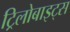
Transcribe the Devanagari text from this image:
ट्रिलोबाइट्स